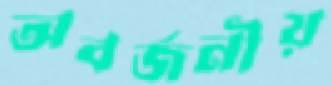
অবর্জনীয়